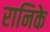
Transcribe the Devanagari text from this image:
रानिके